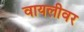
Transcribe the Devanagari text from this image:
वायलीवर